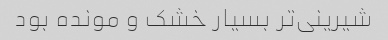
شیرینی‌تر بسیار خشک و مونده بود